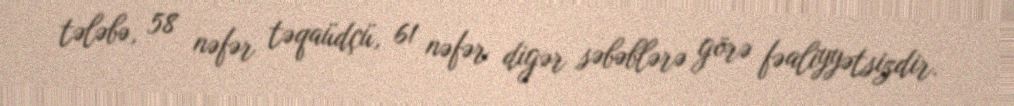
tələbə, 58 nəfər təqaüdçü, 61 nəfər digər səbəblərə görə fəaliyyətsizdir.